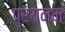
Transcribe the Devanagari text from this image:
प्रयनम